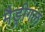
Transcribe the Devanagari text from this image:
मैड्रीगल